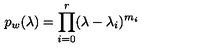
p _ { w } ( \lambda ) = \prod _ { i = 0 } ^ { r } ( \lambda - \lambda _ { i } ) ^ { m _ { i } }